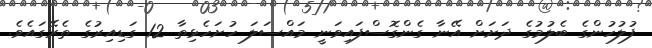
ފުލުހުންގެ ބެލުމުގެ ދަށަށް އޭނާ ގެންގޮސްފައިވަނީ މައްސަލަ ހުށަހެޅިތާ 12 ގަޑިއިރުގެ ތެރޭގައެވެ.